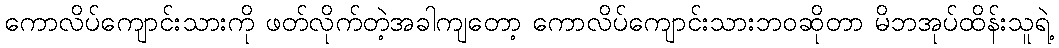
ကောလိပ်ကျောင်းသားကို ဖတ်လိုက်တဲ့အခါကျတော့ ကောလိပ်ကျောင်းသားဘဝဆိုတာ မိဘအုပ်ထိန်းသူရဲ့